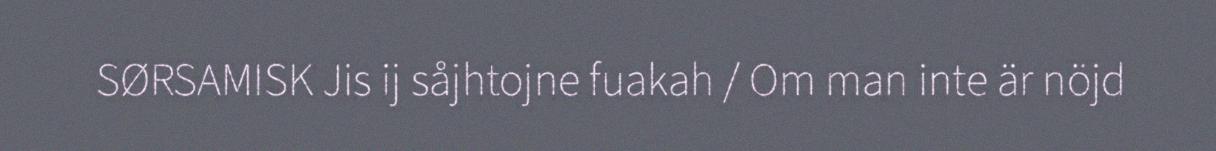
SØRSAMISK Jis ij såjhtojne fuakah / Om man inte är nöjd